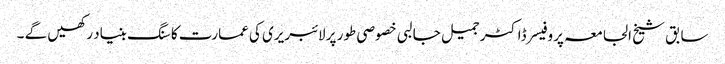
سابق شیخ الجامعہ پروفیسر ڈاکٹر جمیل جالبی خصوصی طور پر لائبریری کی عمارت کا سنگ بنیاد رکھیں گے ۔